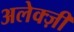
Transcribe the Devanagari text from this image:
अलेक्ज़ी